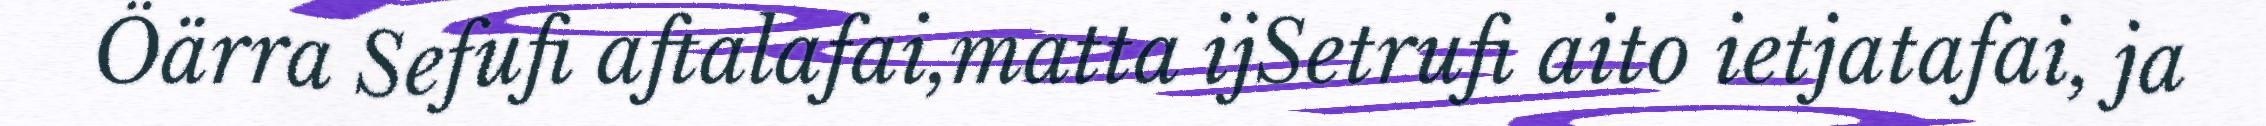
Öärra Sefufi aftalafai,matta ijSetrufi aito ietjatafai, ja